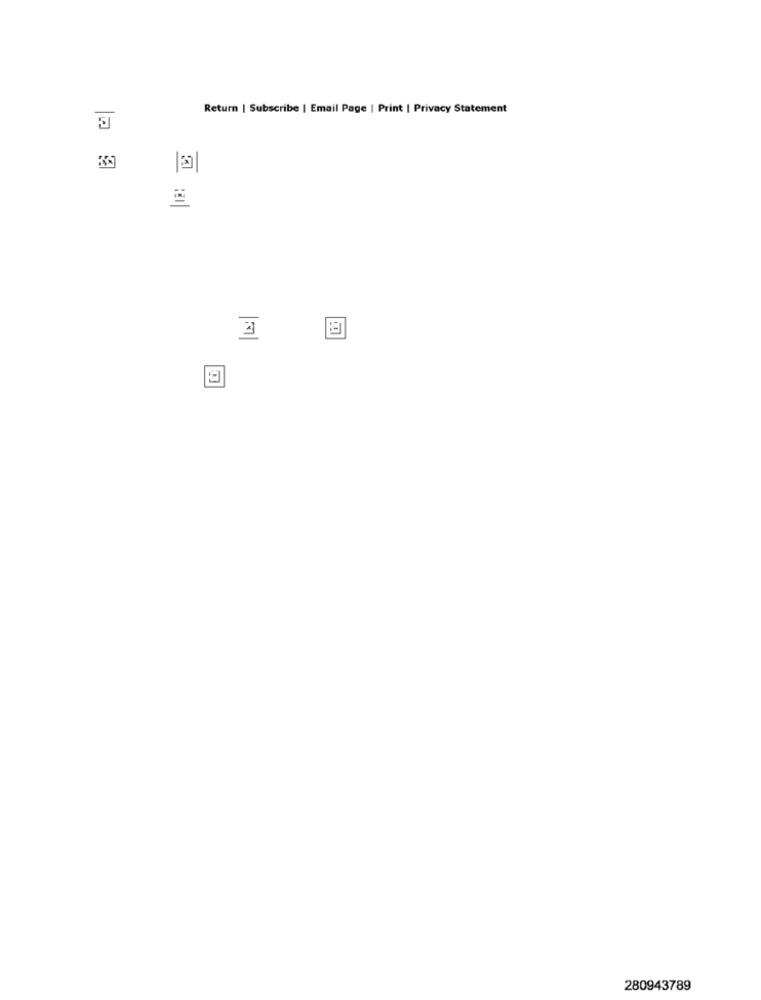
Return | Subscribe | Email Page | Print | Privacy Statement
280943789